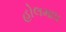
હોલમાધ